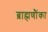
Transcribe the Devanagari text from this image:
ब्राह्मणौंका